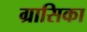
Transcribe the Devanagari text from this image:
ग्रासिका